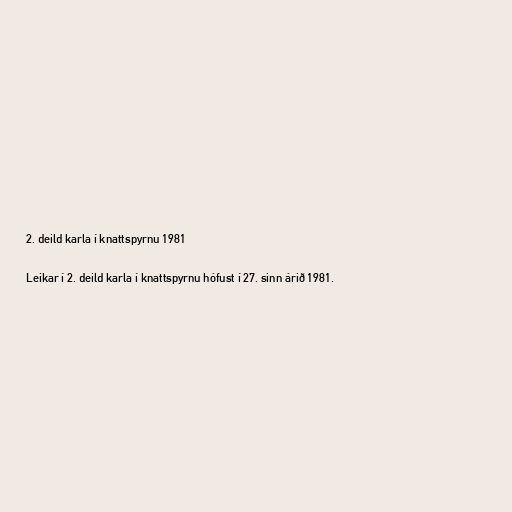
2. deild karla í knattspyrnu 1981

Leikar í 2. deild karla í knattspyrnu hófust í 27. sinn árið 1981.